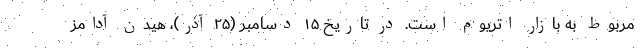
مربوط به بازار اتریوم است. در تاریخ ۱۵ دسامبر (۲۵ آذر)، هیدن آدامز